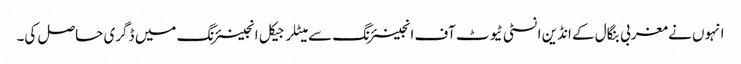
انہوں نے مغربی بنگال کے انڈین انسٹی ٹیوٹ آف انجینئرنگ سے میٹلرجیکل انجینئرنگ میں ڈگری حاصل کی۔